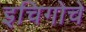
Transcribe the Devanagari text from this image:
इचिगोचे